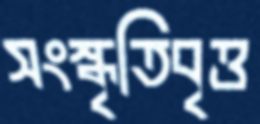
সংস্কৃতিবৃত্ত